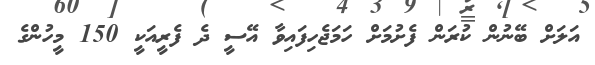
އަލަށް ބޭނުން ކުރަން ފެށުމަށް ހަމަޖެހިފައިވާ އޭސީ ދެ ފެރީއަކީ 150 މީހުންގެ